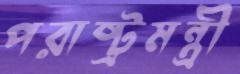
পরাষ্ট্রমন্ত্রী